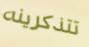
تتذكرينه